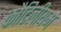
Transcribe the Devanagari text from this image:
कौटिलीयम